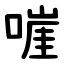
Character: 嘊